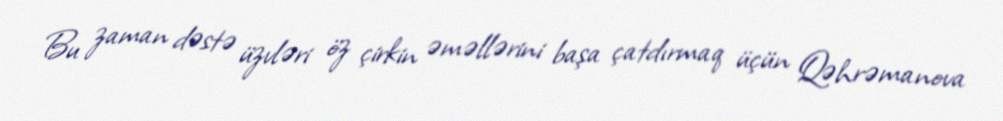
Bu zaman dəstə üzvləri öz çirkin əməllərini başa çatdırmaq üçün Qəhrəmanova